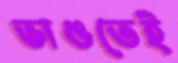
ভাঙতেই